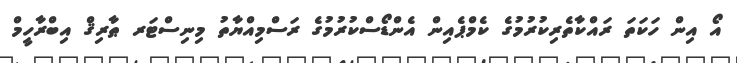
އޯ އިން ހަކަތަ ރައްކާތެރިކުރުމުގެ ކެމްޕެއިން އެންޑޯސްކުރުމުގެ ރަސްމިއްޔާތު މިނިސްޓަރ ޠާރިޤް އިބްރާހީމް